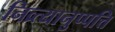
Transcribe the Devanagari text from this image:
निव्र्त्यानुप्पत्ति